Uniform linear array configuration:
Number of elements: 24
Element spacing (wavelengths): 0.25
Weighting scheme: blackman
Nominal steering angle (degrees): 0
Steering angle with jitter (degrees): -1.665
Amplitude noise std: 0.05
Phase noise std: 0.05

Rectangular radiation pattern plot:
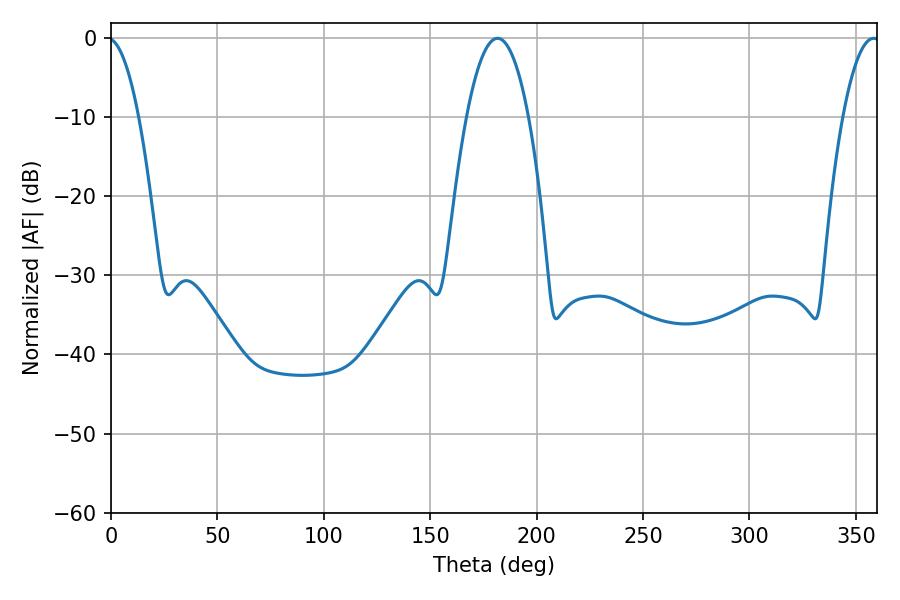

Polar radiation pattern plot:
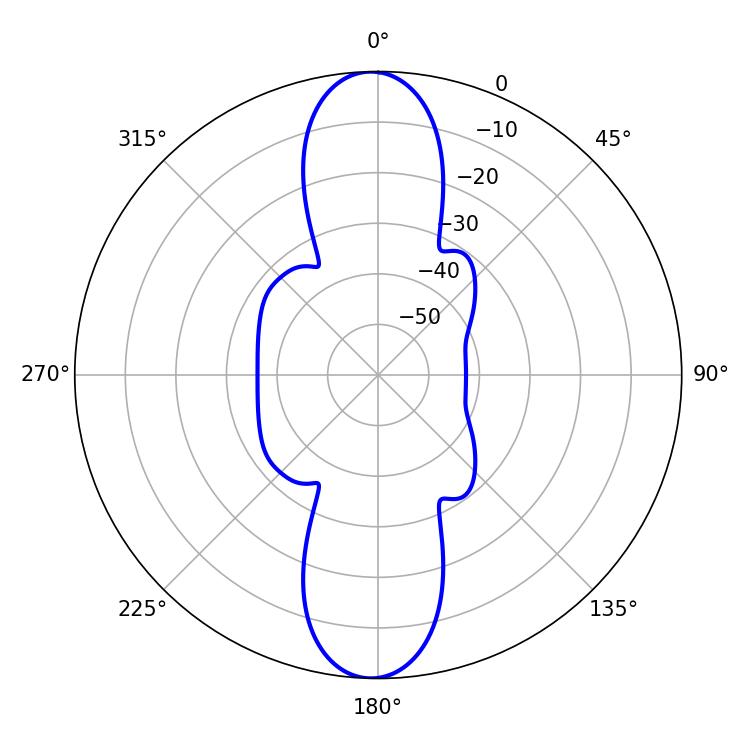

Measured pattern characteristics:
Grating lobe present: FALSE
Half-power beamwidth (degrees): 16.2
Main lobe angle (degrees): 181.62